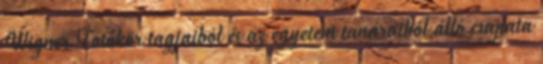
Wigner Fotókör tagjaiból és az egyetem tanáraiból álló csapata